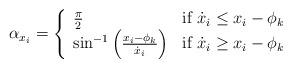
LaTeX: \begin{align*}\alpha_{x_i} = \left\{\begin{array}{ll}\frac{\pi}{2} & \mbox{if $\dot{x}_i \le x_i -\phi_k $} \\\sin^{-1}\left( \frac{x_i-\phi_k }{\dot{x}_i} \right) & \mbox{if $\dot{x}_i \ge x_i -\phi_k $}\end{array}\right.\end{align*}